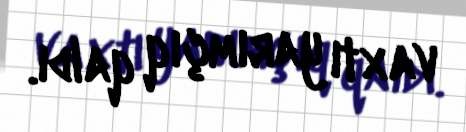
vaxtı yarımçıq qaldı.